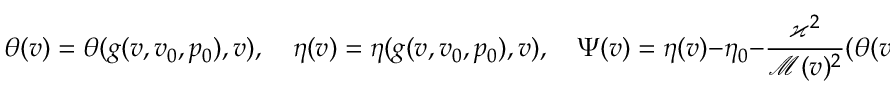
\quad \theta ( v ) = \theta ( g ( v , v _ { 0 } , p _ { 0 } ) , v ) , \quad \eta ( v ) = \eta ( g ( v , v _ { 0 } , p _ { 0 } ) , v ) , \quad \Psi ( v ) = \eta ( v ) - \eta _ { 0 } - \frac { \varkappa ^ { 2 } } { \mathcal { M } ( v ) ^ { 2 } } ( \theta ( v ) - \theta _ { 0 } ) .